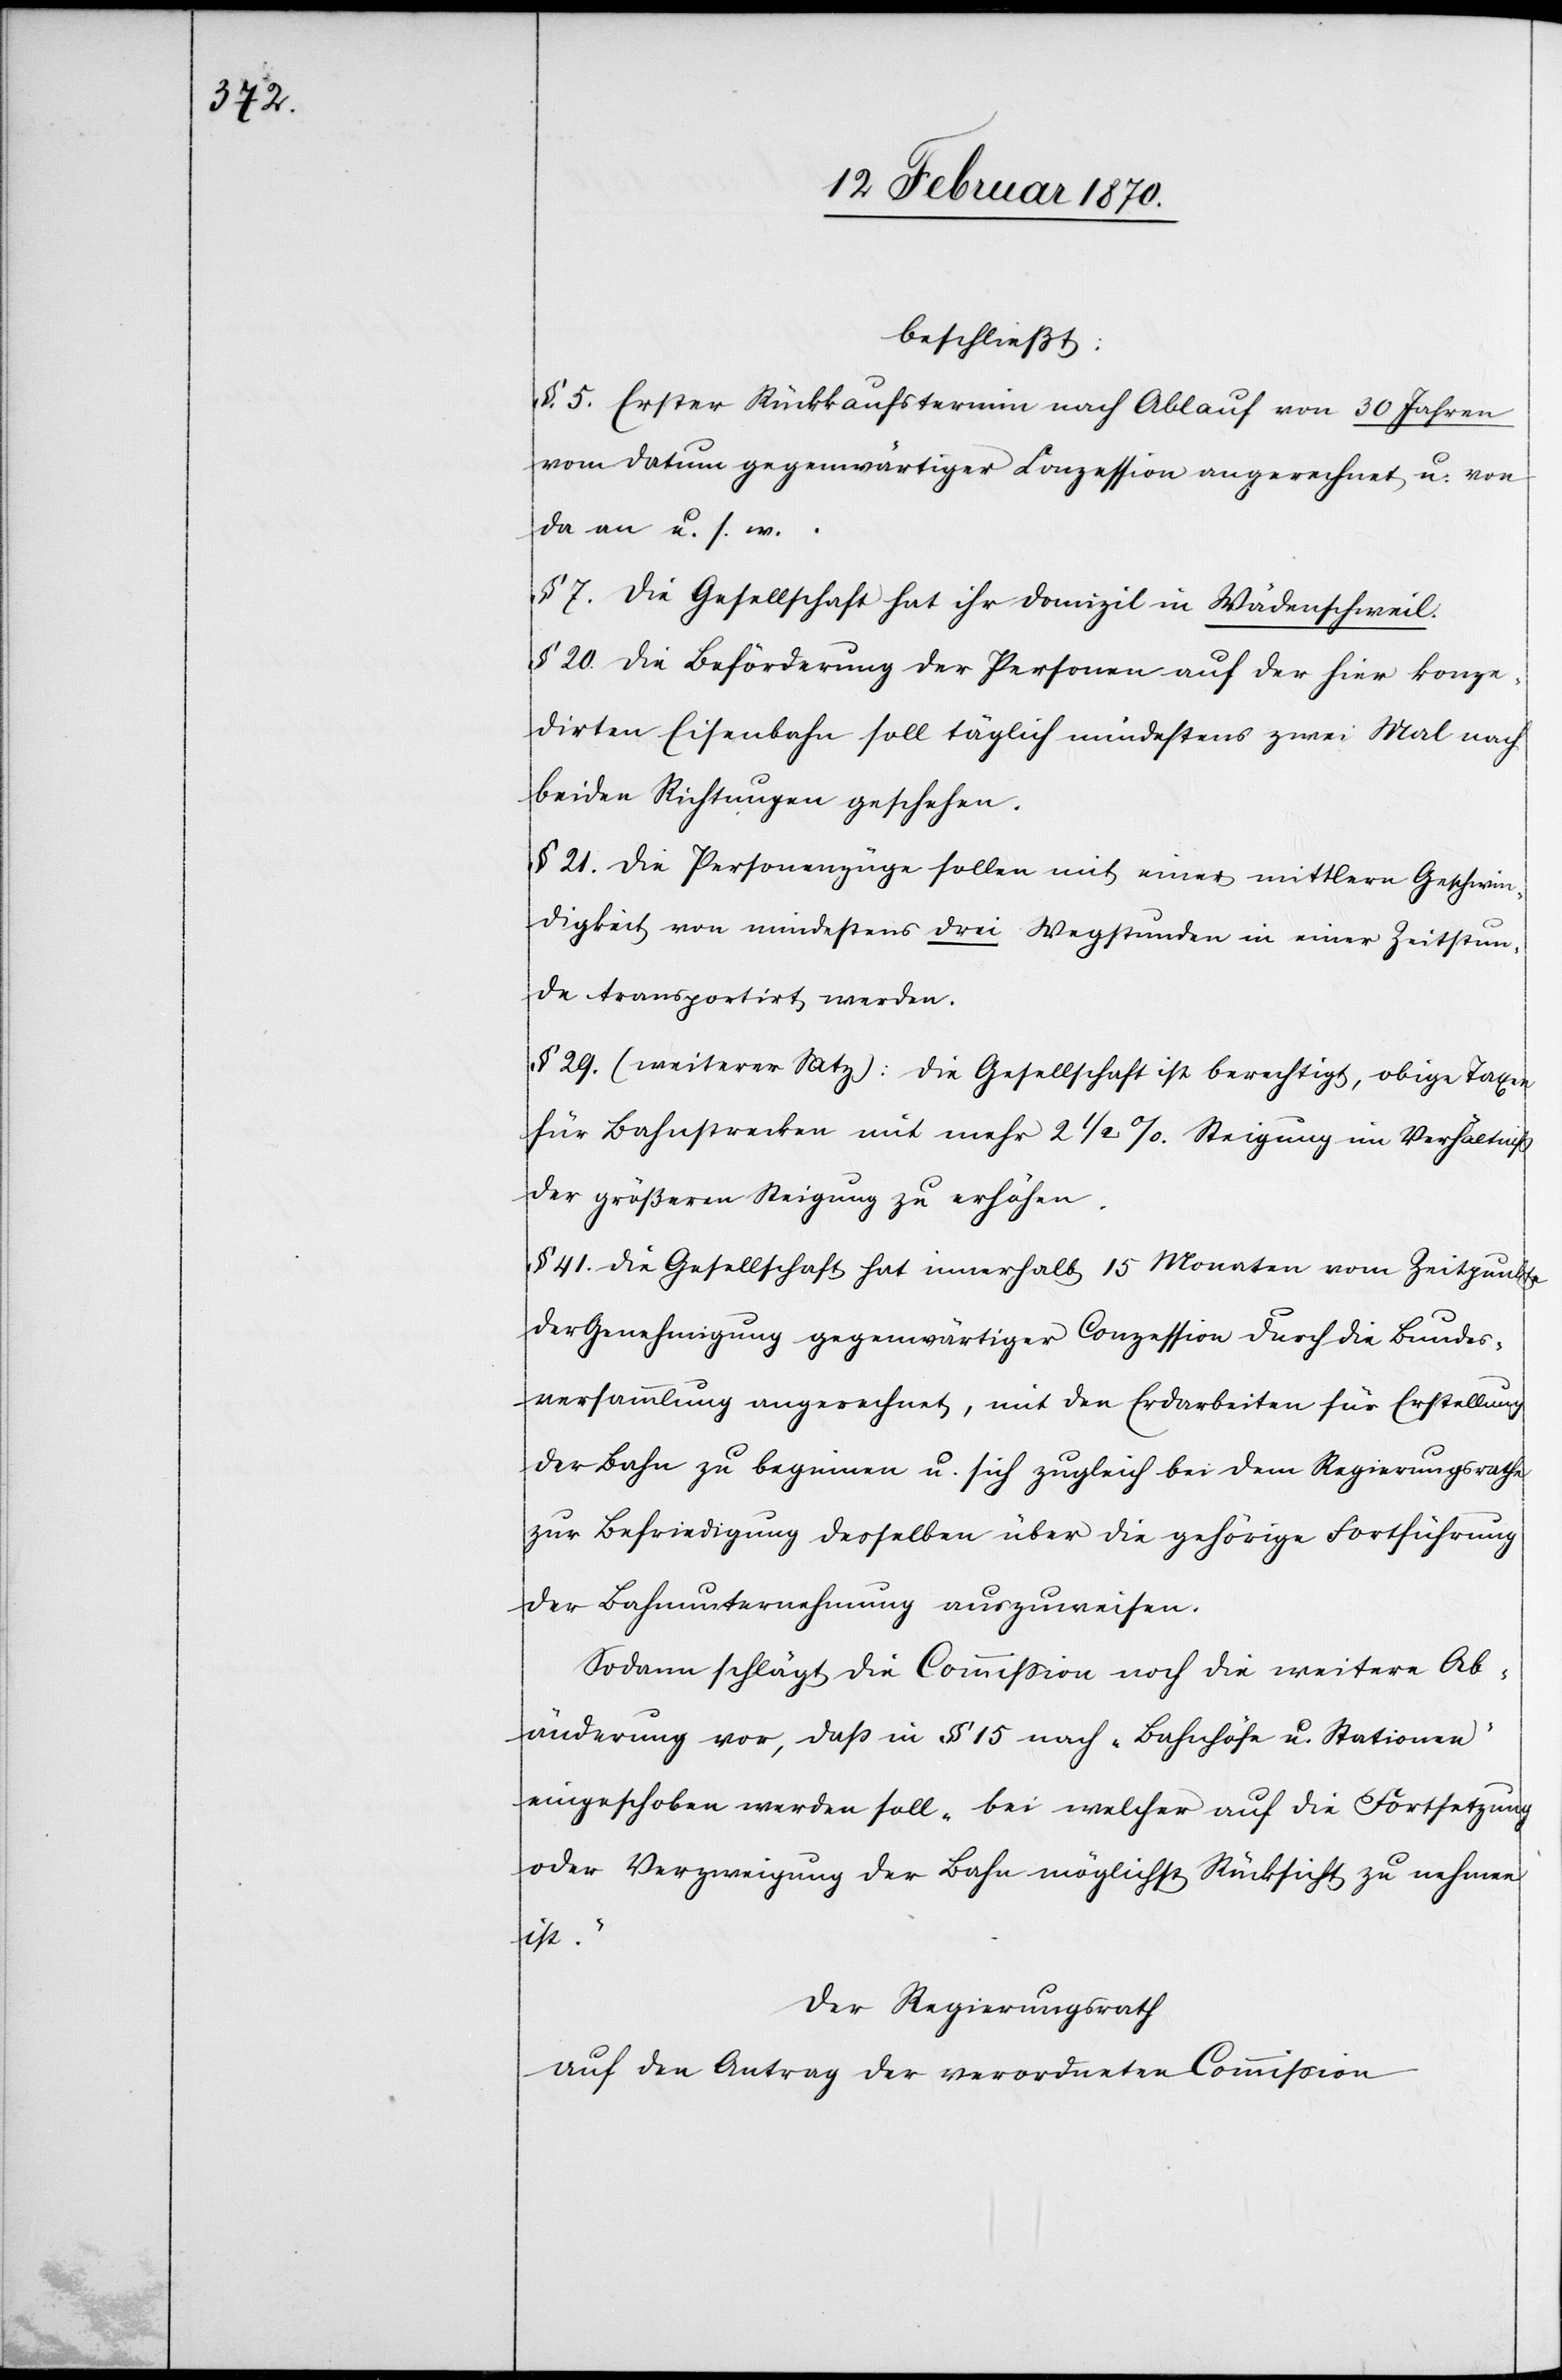
beschließt:
§ 5. Erster Rückkaufstermin nach Ablauf von 30 Jahren
vom Datum gegenwärtiger Conzession angerechnet u: von
da an u. s. w.
§ 7. Die Gesellschaft hat ihr Domizil in Wädenschweil.
§ 20. Die Beförderung der Personen auf der hier konze¬
dirten Eisenbahn soll täglich mindesten zwei Mal nach
beiden Richtungen geschehen.
§ 21. Die Personenzüge sollen mit einer mittlern Geschwin¬
digkeit von mindestens drei Wegstunden in einer Zeitstun¬
de transportirt werden.
§ 29. (weiterer Satz): Die Gesellschaft ist berechtigt, obige Taxen
für Bahnstrecken mit mehr 2 1/2%. Steigung im Verhältniß
der größeren Steigung zu erhöhen.
§ 41. Die Gesellschaft hat innerhalb 15 Monaten vom Zeitpunkte
der Genehmigung gegenwärtiger Conzession durch die Bundes¬
versammlung angerechnet, mit den Erdarbeiten für Erstellung
der Bahn zu beginnen u. sich zugleich bei dem Regierungsrathe
zur Befriedigung desselben über die gehörige Fortführung
der Bahnunternehmung auszuweisen.
Sodann schlägt die Commission noch die weitere Ab¬
änderung vor, dass in § 15 nach „Bahnhöfe u. Stationen“
eingeschoben werden soll „bei welcher auf die Fortsetzung
oder Verzweigung der Bahn möglichst Rücksicht zu nehmen
ist.“
Der Regierungsrath
auf den Antrag der verordneten Commission